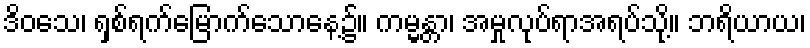
ဒိဝသေ၊ ရှစ်ရက်မြောက်သောနေ့၌။ ကမ္မန္တာ၊ အမှုလုပ်ရာအရပ်သို့။ ဘရိယာယ၊